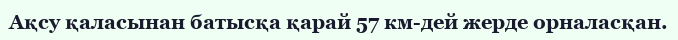
Ақсу қаласынан батысқа қарай 57 км-дей жерде орналасқан.